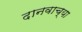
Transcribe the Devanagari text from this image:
दानवाच्या